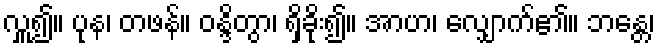
လှူ၍။ ပုန၊ တဖန်။ ဝန္ဒိတွာ၊ ရှိခိုး၍။ အာဟ၊ လျှောက်၏။ ဘန္တေ၊